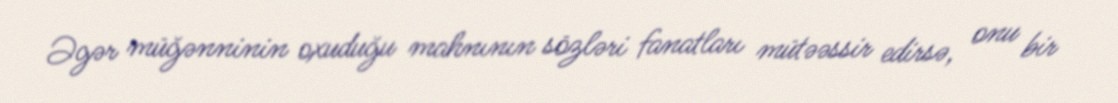
Əgər müğənninin oxuduğu mahnının sözləri fanatları mütəəssir edirsə, onu bir